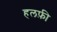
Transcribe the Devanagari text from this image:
हलफ़ी